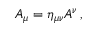
A _ { \mu } = \eta _ { \mu \nu } A ^ { \nu } \, ,